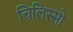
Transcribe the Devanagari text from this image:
चिलिस्सो